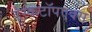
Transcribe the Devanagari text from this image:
डेस्कटॉपएक्स